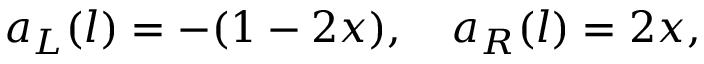
a _ { L } ( l ) = - ( 1 - 2 x ) , \quad a _ { R } ( l ) = 2 x ,